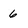
Character: 6